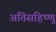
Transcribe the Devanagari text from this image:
अतिसहिष्णु